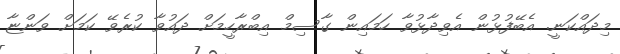
މިދައްކަނީ. އެބޭފުޅުން އެވިދާޅުވާ ހަމައިން ގާސިމް އިބްރާހީމަށް ދައުވާ ކުރެވޭ ކަމަށް ވަންޏާ